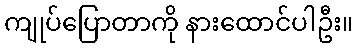
ကျုပ်ပြောတာကို နားထောင်ပါဦး။